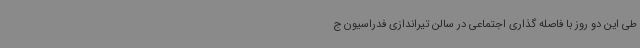
طی این دو روز با فاصله گذاری اجتماعی در سالن تیراندازی فدراسیون ج